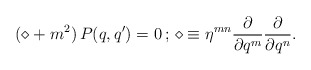
\begin{align*}( \diamond +m^2)\,P(q,q' ) =0 \,;\, \diamond \equiv \eta^{mn}\frac{\partial}{\partial q^m} \frac{\partial}{\partial q^n}.\end{align*}